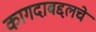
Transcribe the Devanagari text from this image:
कागदाबद्दलचे